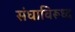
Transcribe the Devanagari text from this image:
संघाविरूध्द